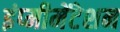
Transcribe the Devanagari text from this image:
इंप्मीमेंटेशन